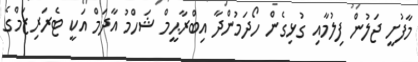
މާފުށީ ޖަލުން ފިލުމާއި ގުޅިގެން ހޯދަމުންދާ އިބްރާޙީމް ޝަހްމު އާދަމް އަކީ ޓެރަރިޒަމްގެ